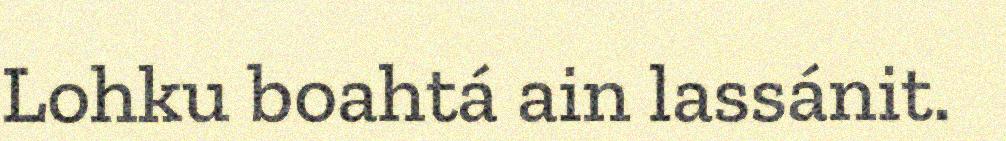
Lohku boahtá ain lassánit.